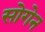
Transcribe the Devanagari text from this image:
सोगेन